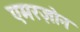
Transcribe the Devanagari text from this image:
एमरज़ोन